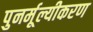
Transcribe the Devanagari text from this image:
पुनर्मूल्यीकरण